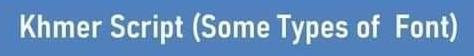
Khmer Script (Some Types of Font)